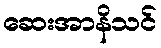
ဆေးအာနိသင်